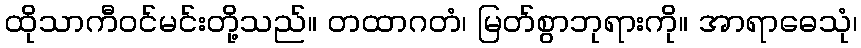
ထိုသာကီဝင်မင်းတို့သည်။ တထာဂတံ၊ မြတ်စွာဘုရားကို။ အာရာဓေသုံ၊